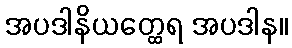
အပဒါနိယတ္ထေရ အပဒါန။